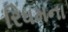
રિધમના